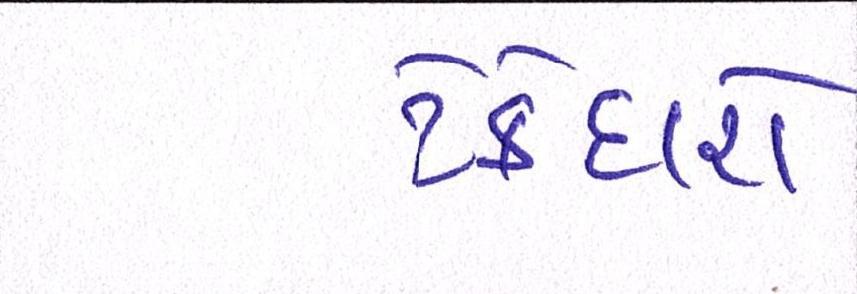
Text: ટેકેદારો